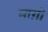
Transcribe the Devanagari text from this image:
माग़ी